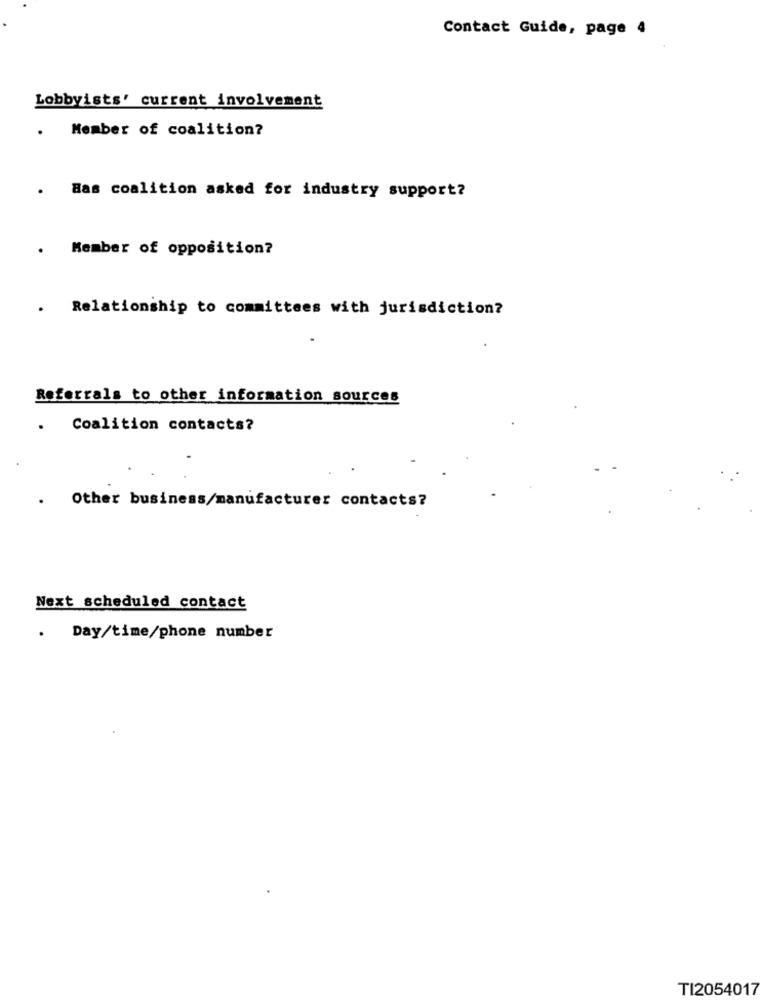
Contact Guide, page 4
Lobbyists' current involvement
Member of coalition?
. Bas coalition asked for industry support?
. Member of opposition?
. Relationship to committees with jurisdiction?
Referrals to other information sources
.
Coalition contacts?
Other business/manufacturer contacts?
Next scheduled contact
.
Day/time/phone number
TI2054017